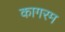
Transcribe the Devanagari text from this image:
कागरम